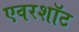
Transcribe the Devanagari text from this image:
एवरशॉट